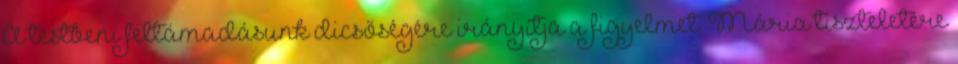
A testbeni feltámadásunk dicsőségére irányítja a figyelmet. Mária tiszteletére